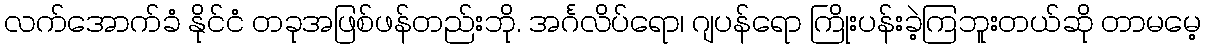
လက်အောက်ခံ နိုင်ငံ တခုအဖြစ်ဖန်တည်းဘို. အင်္ဂလိပ်ရော၊ ဂျပန်ရော ကြိုးပန်းခဲ့ကြဘူးတယ်ဆို တာမမေ့